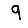
Digit: 9